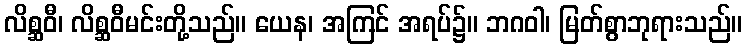
လိစ္ဆဝီ၊ လိစ္ဆဝီမင်းတို့သည်။ ယေန၊ အကြင် အရပ်၌။ ဘဂဝါ၊ မြတ်စွာဘုရားသည်။